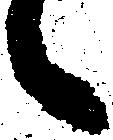
々